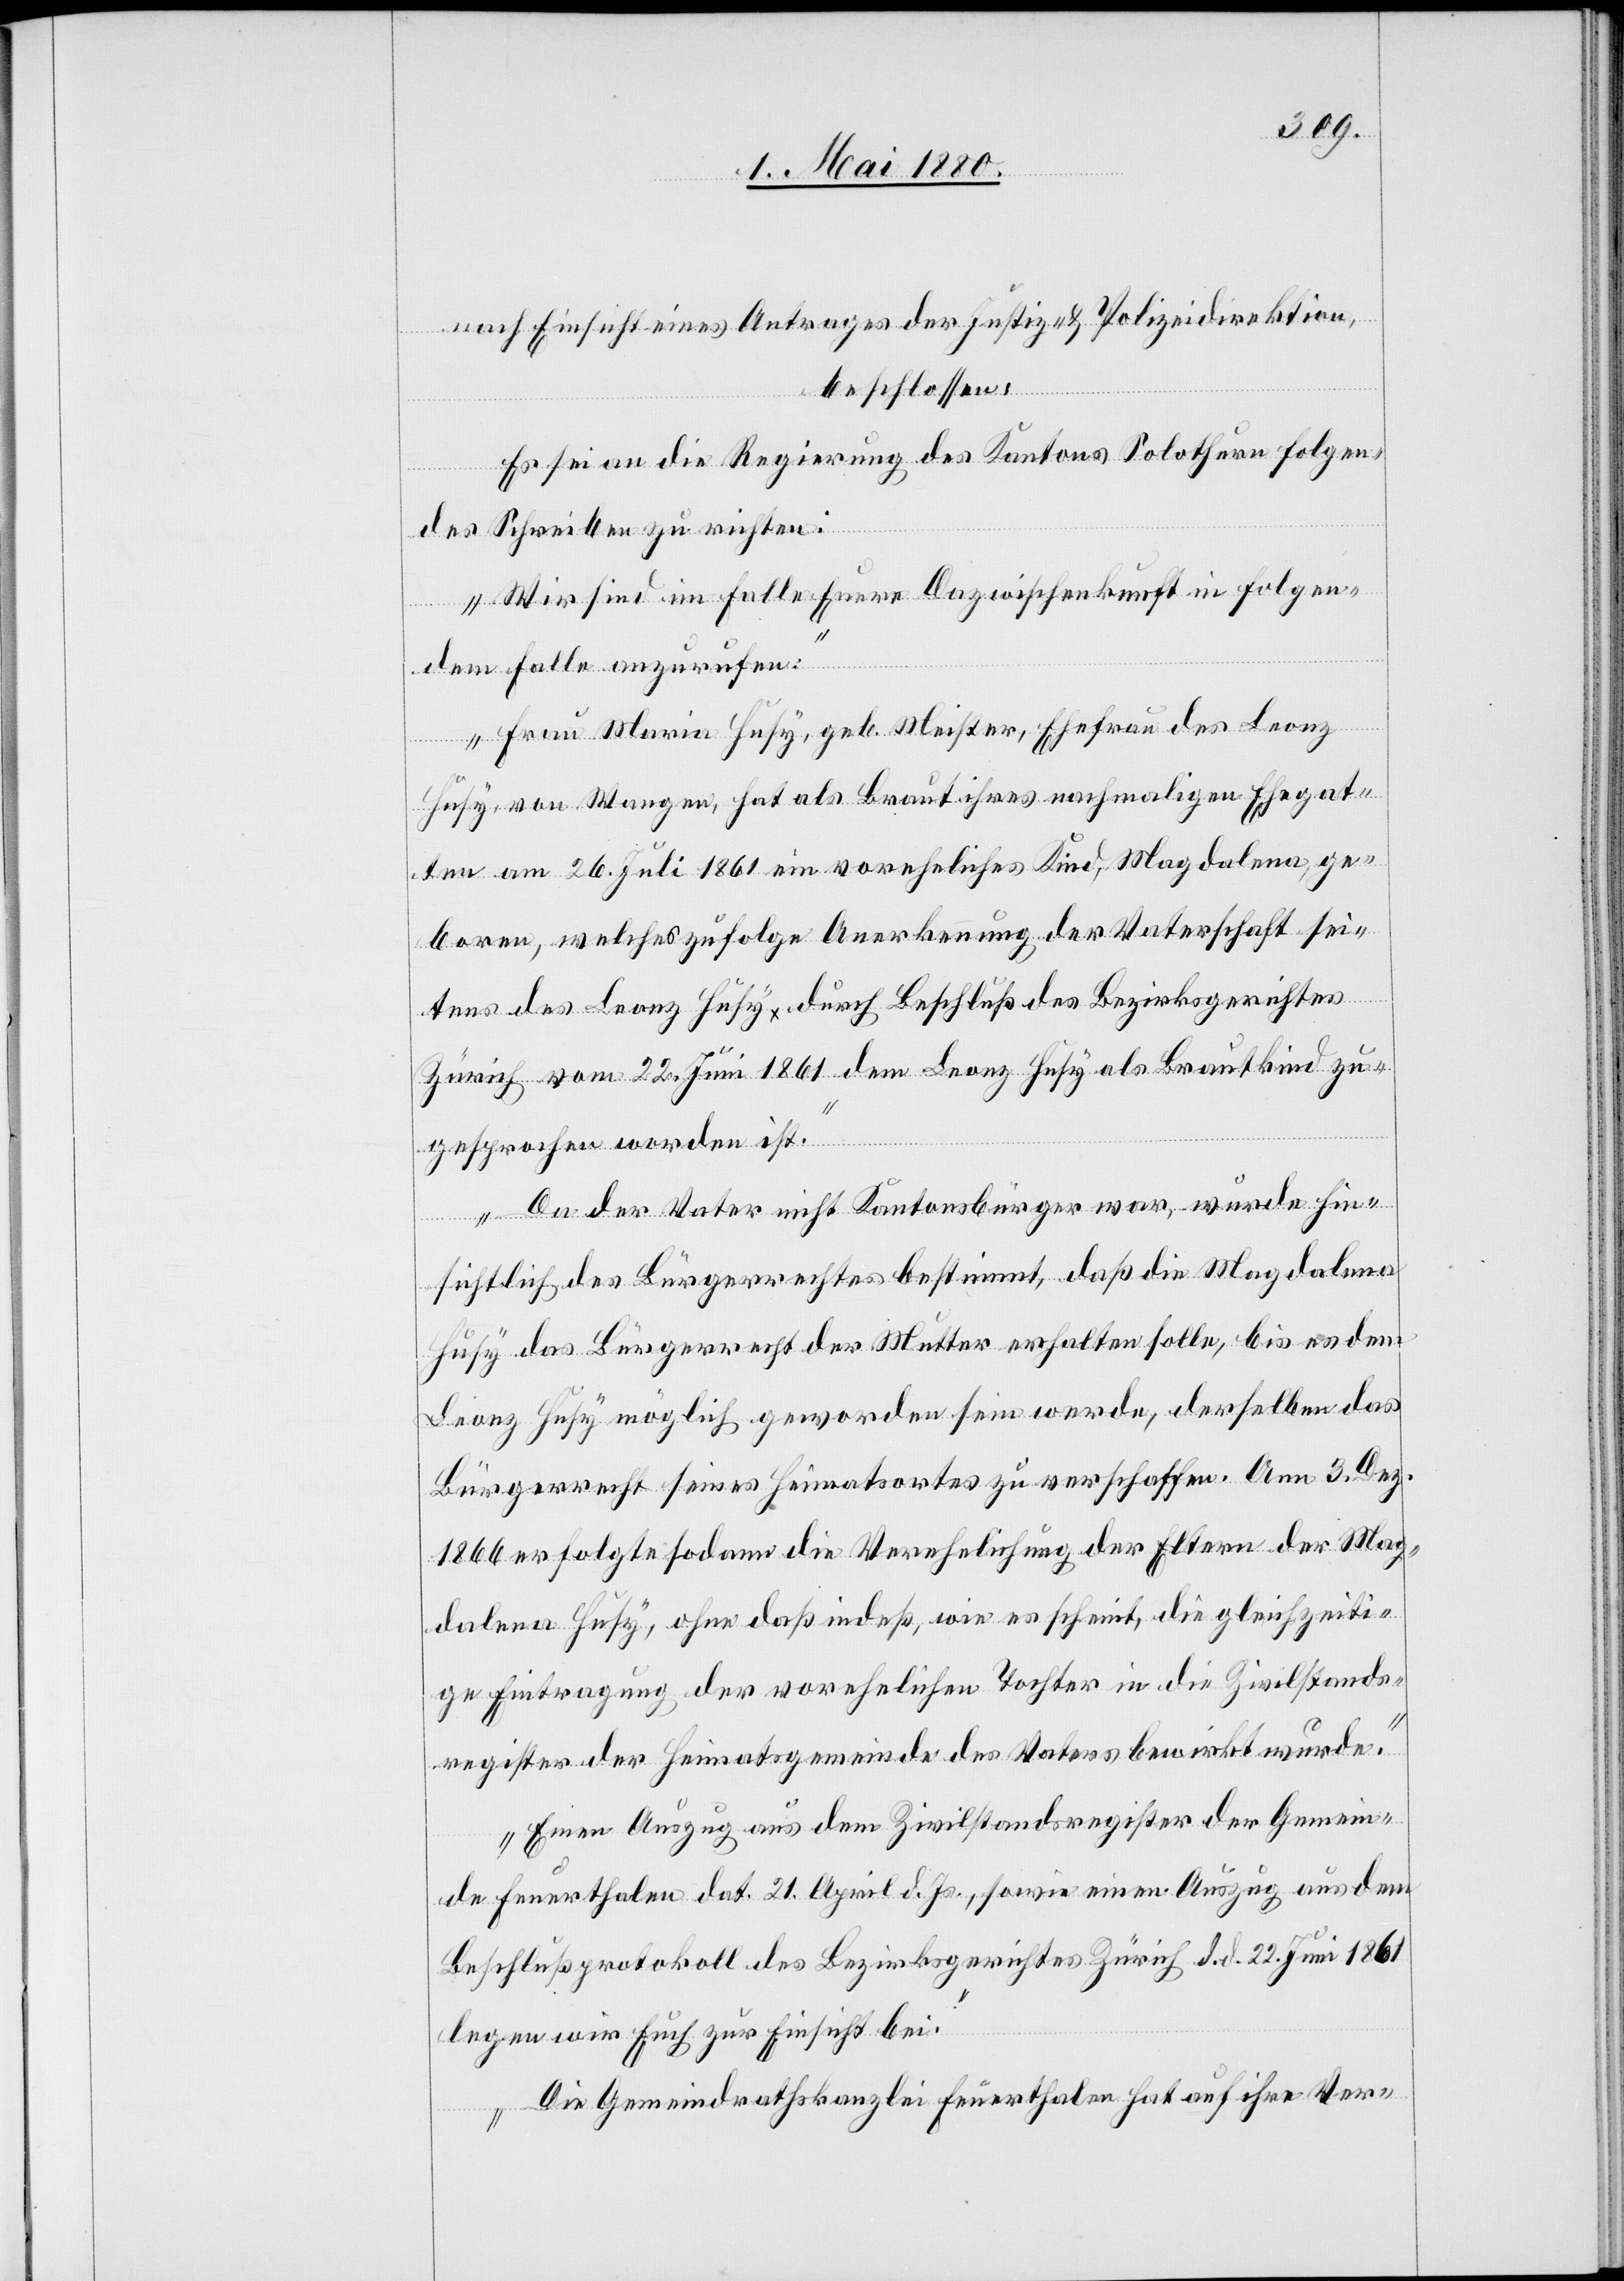
nach Einsicht eines Antrages der Justiz- & Polizeidirektion,
beschlossen:
Es sei an die Regierung des Kantons Solothurn folgen¬
des Schreiben zu richten:
„Wir sind im Falle Eure Dazwischenkunft in folgen¬
dem Falle anzurufen:
Frau Maria Husy, geb. Meister, Ehefrau des Leonz
Husy, von Wangen, hat als Braut ihres nachmaligen Ehegat¬
ten am 26. Juli 1861 ein voreheliches Kind, Magdalena, ge¬
boren, welches zufolge Anerkennung der Vaterschaft sei¬
tens des Leonz Husy durch Beschluß des Bezirksgerichtes
Zürich vom 22. Juni 1861 dem Leonz Husy als Brautkind zu¬
gesprochen worden ist.
Da der Vater nicht Kantonsbürger war, wurde hin¬
sichtlich des Bürgerrechtes bestimmt, daß die Magdalena
Husy das Bürgerrecht der Mutter erhalten solle, bis es dem
Leonz Husy möglich geworden sein werde, derselben das
Bürgerrecht seines Heimatortes zu verschaffen. Am 3. Dez.
1866 erfolgte sodann die Verehelichung der Eltern der Mag¬
dalena Husy, ohne daß indeß, wie es scheint, die gleichzeiti¬
ge Eintragung der vorehelichen Tochter in die Zivilstands¬
register der Heimatsgemeinde des Vaters bewirkt wurde.
Einen Auszug aus dem Zivilstandsregister der Gemein¬
de Feuerthalen dat. 21. April d. Js., sowie einen Auszug aus dem
Beschlußprotokoll des Bezirksgerichtes d. d. 22. Juni 1861
legen wir Euch zur Einsicht bei.
Die Gemeindrathskanzlei Feuerthalen hat auf ihre Ver-